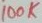
Text: 100k